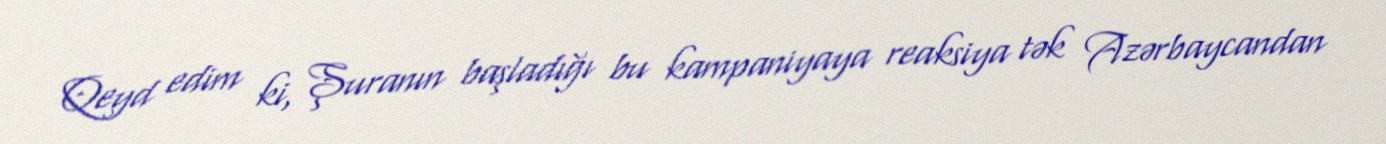
Qeyd edim ki, Şuranın başladığı bu kampaniyaya reaksiya tək Azərbaycandan